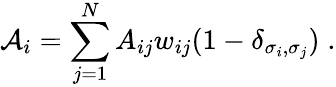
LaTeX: \mathcal{A}_{i}=\sum_{j=1}^{N}A_{ij}w_{ij}(1-\delta_{\sigma_{i},\sigma_{j}})\; .